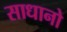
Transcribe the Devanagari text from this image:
साधानो